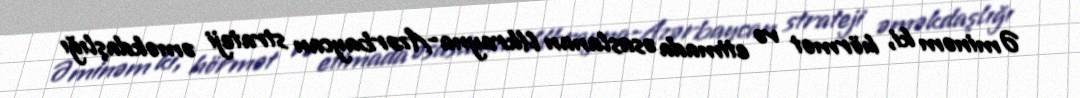
Əminəm ki, hörmət və etimada əsaslanan Ukrayna-Azərbaycan strateji əməkdaşlığı